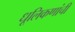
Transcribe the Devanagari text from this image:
धूलिकणांची